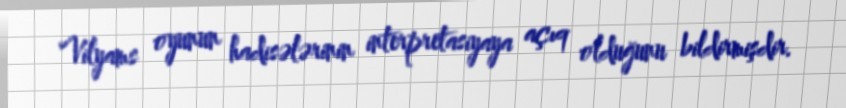
Vilyams oyunun hadisələrinin interpretasiyaya açıq olduğunu bildirmişdir.